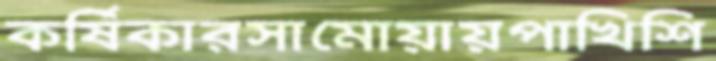
কর্ষিকারসামোয়ায়পাখিশি